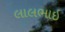
લાલભાઇ